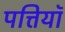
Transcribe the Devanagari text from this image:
पत्तियॉ